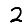
Digit: 2